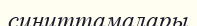
синиттамалары